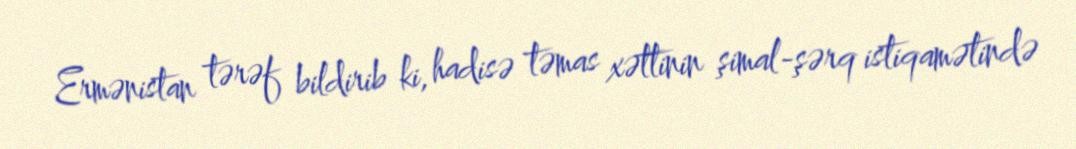
Ermənistan tərəf bildirib ki, hadisə təmas xəttinin şimal-şərq istiqamətində